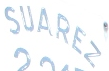
SUAREZ